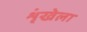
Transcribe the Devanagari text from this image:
शृंखेला